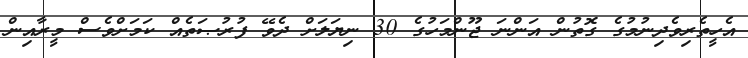
އެހީތެރިވެދިނުމުގެ ގޮތުން އަންނަ ޖޫންމަހުގެ 30 ނިޔަލަށް ދެވޭ ފުރުޞަތެއް ކަމަށްވެސް މީރާއިން